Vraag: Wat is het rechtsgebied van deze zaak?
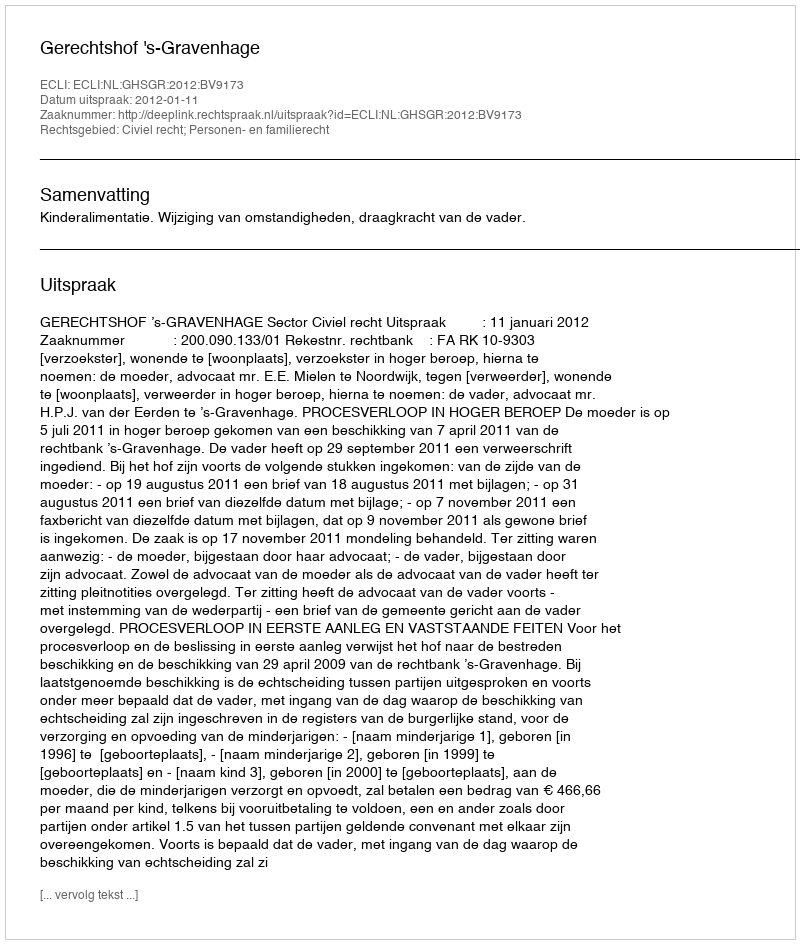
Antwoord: Civiel recht; Personen- en familierecht